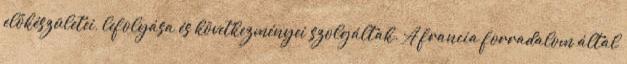
előkészületei, lefolyása és következményei szolgáltak. A francia forradalom által